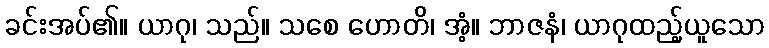
ခင်းအပ်၏။ ယာဂု၊ သည်။ သစေ ဟောတိ၊ အံ့။ ဘာဇနံ၊ ယာဂုထည့်ယူသော